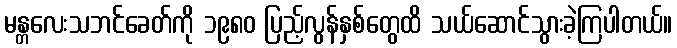
မန္တလေးသဘင်ခေတ်ကို ၁၉၈၀ ပြည့်လွန်နှစ်တွေထိ သယ်ဆောင်သွားခဲ့ကြပါတယ်။